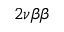
2 \nu \beta \beta